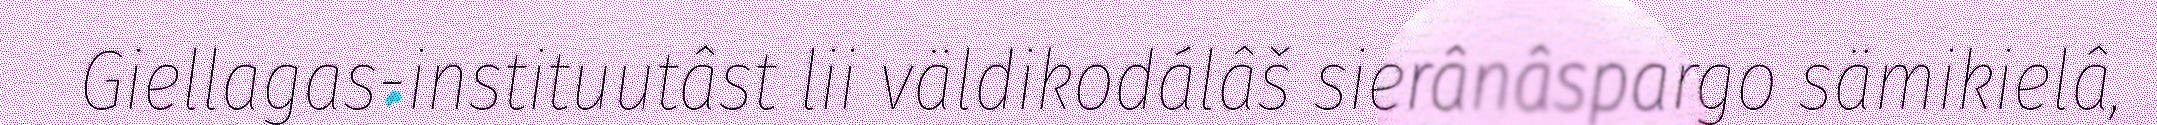
Giellagas-instituutâst lii väldikodálâš sierânâspargo sämikielâ,